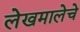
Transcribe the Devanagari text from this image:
लेखमालेचे